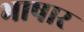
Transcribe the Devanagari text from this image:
भाषार